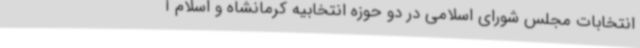
انتخابات مجلس شورای اسلامی در دو حوزه انتخابیه کرمانشاه و اسلام آ